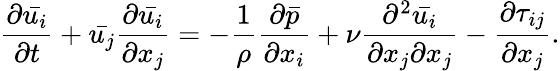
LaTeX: {\frac{\partial{\bar{u_{i}}}}{\partial t}}+{\bar{u_{j}}}{\frac{\partial{\bar{u_{i}}}}{\partial x_{j}}}=-{\frac{1}{\rho}}{\frac{\partial{\bar{p}}}{\partial x_{i}}}+\nu{\frac{\partial^{2}{\bar{u_{i}}}}{\partial x_{j}\partial x_{j}}}-{\frac{\partial\tau_{ij}}{\partial x_{j}}}.